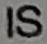
IS